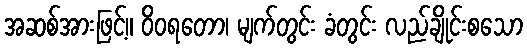
အဆစ်အားဖြင့်။ ဝိဝရတော၊ မျက်တွင်း ခံတွင်း လည်ချိုင်းစသော